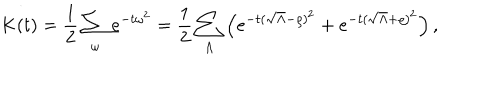
K ( t ) = \frac 1 2 \sum _ { \omega } e ^ { - t \omega ^ { 2 } } = \frac 1 2 \sum _ { \Lambda } \left( e ^ { - t ( \sqrt { \Lambda } - \varrho ) ^ { 2 } } + e ^ { - t ( \sqrt { \Lambda } + \varrho ) ^ { 2 } } \right) ,